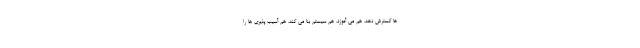
ها گسترش دهد، هم می آموزد، هم سیستم بنا می کند، هم آسیب پذیری ها را